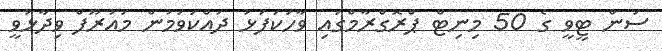
ސަން ޓީވީ ގެ 50 މިނިޓް ޕްރޮގްރާމްގައި ވާހަކަފުޅު ދައްކަވަމުން މައުރޫފް ވިދާޅުވީ